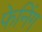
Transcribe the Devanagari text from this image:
फेनिंग